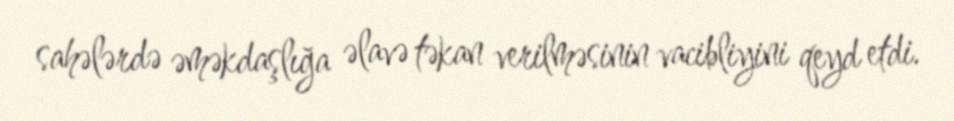
sahələrdə əməkdaşlığa əlavə təkan verilməsinin vacibliyini qeyd etdi.